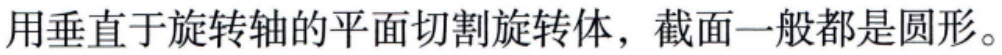
用垂直于旋转轴的平面切割旋转体，截面一般都是圆形。